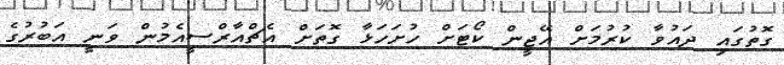
ގޮތުގައި ދައުވާ ކުރުމަށް އޭޖީން ކޯޓަށް ހުށަހަޅާ ގޮތަށް އެޗްއާރްސީއެމުން ވަނީ އަބުރުގެ